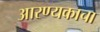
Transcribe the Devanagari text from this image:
आरण्यकाचा